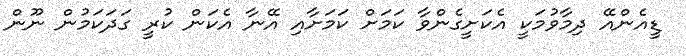
ޑީއެންއޭ ދިމާވުމަކީ އެކަށީގެންވާ ކަމަށް ކަމަށާއި އޭނާ އެކަން ކުރީ ގަދަކަމުން ނޫން